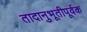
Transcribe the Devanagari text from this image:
तादानुभूतीपूर्वक